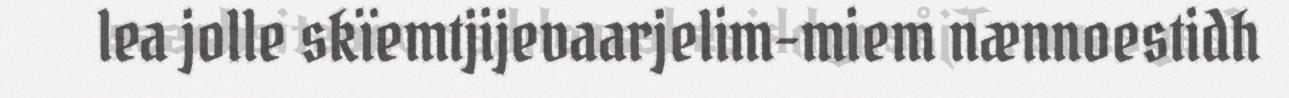
lea jolle skïemtjijevaarjelim-miem nænnoestidh